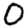
Digit: 0